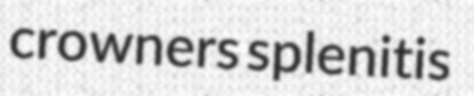
crowners splenitis